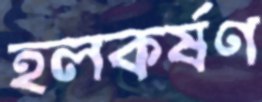
হলকর্ষণ